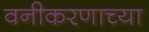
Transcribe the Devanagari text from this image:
वनीकरणाच्या